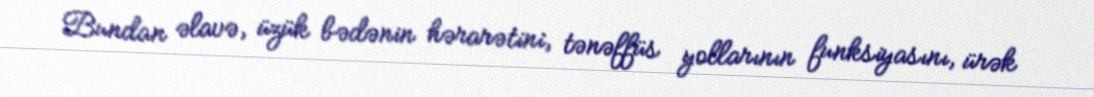
Bundan əlavə, üzük bədənin hərarətini, tənəffüs yollarının funksiyasını, ürək